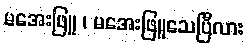
မအေးဖြူ ၊ မအေးဖြူသေပြီလား